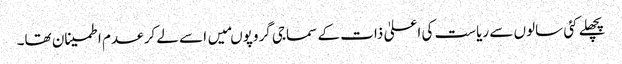
پچھلے کئی سالوں سے ریاست کی اعلیٰ ذات کے سماجی گروپوںمیں اسے لے کر عدم اطمینان تھا۔